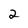
Character: 2